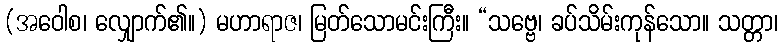
(အဝေါစ၊ လျှောက်၏။) မဟာရာဇ၊ မြတ်သောမင်းကြီး။ “သဗ္ဗေ၊ ခပ်သိမ်းကုန်သော။ သတ္တာ၊